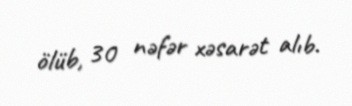
ölüb, 30 nəfər xəsarət alıb.